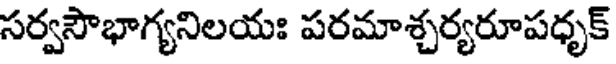
సర్వసౌభాగ్యనిలయః పరమాశ్చర్యరూపధృక్